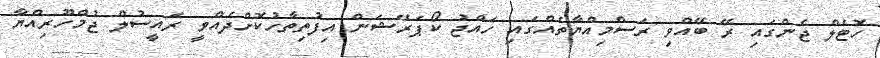
ހޮޓެލް ޖެންގައި ރޭ ބޭއްވި ރަސްމިއްޔާތެއްގައި ހައްޖު ކޯޕަރޭޝަން އިފުތިތާހުކޮށްދެއްވީ ރައީސުލް ޖުމްހޫރިއްޔާ